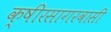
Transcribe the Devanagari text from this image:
क्षीरसागरवासी